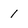
Character: 1